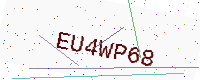
Text: EU4WP68